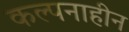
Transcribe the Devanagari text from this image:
कल्पनाहीन